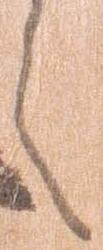
え